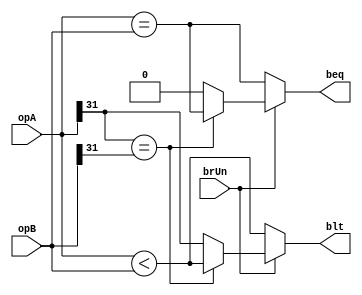
module BrComp(opA, opB, beq, blt, brUn);
	input [31:0]opA, opB;
	input brUn;
	output reg beq, blt;
	
	always@(opA or opB or brUn)
	begin
		if (brUn == 1'b1)
		begin
			if (opA[31] == opB[31]) 
			begin 
				beq = (opA == opB); // beq = 1 neu A = B, beq = 0 neu A != B
				blt = (opA < opB); 
			end
			else // opA != opB
			begin
				beq = 1'b0; // beq = 1 neu A = B, beq = 0 neu A != B
				blt = (opA[31] == 1); // opA = 1xxx..xxxx, opB = 0xxx..xxxx 
			end
		end
		else 
		begin 
			beq = (opA == opB); 
			blt = (opA < opB);
		end
	end
endmodule